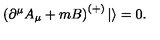
\left( \partial ^ { \mu } A _ { \mu } + m B \right) ^ { ( + ) } | \rangle = 0 .